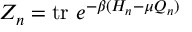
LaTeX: Z _ { n } = \mathrm { t r } \ e ^ { - \beta ( H _ { n } - \mu Q _ { n } ) }